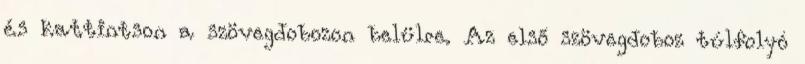
és kattintson a szövegdobozon belülre. Az első szövegdoboz túlfolyó